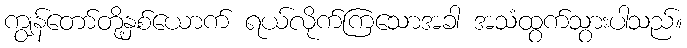
ကျွန်တော်တို့နှစ်ယောက် ရယ်လိုက်ကြသောအခါ အသံထွက်သွားပါသည်။